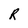
Character: R